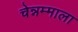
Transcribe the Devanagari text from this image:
चेन्नम्माला